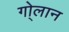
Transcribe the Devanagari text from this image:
गो्लान